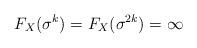
LaTeX: \begin{align*}F_X(\sigma^{k}) = F_X(\sigma^{2k}) = \infty\end{align*}